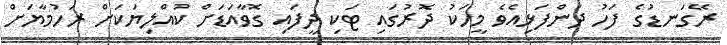
ރޭގަނޑުގެ ފަހު ދަންފަޅިއެވެ މީހަކު ދޮރުގައި ޓަކި ދީފައި ގޮވާއަޑަށް ކުއްލިޔަކަށް ރަހުމާޔަށް